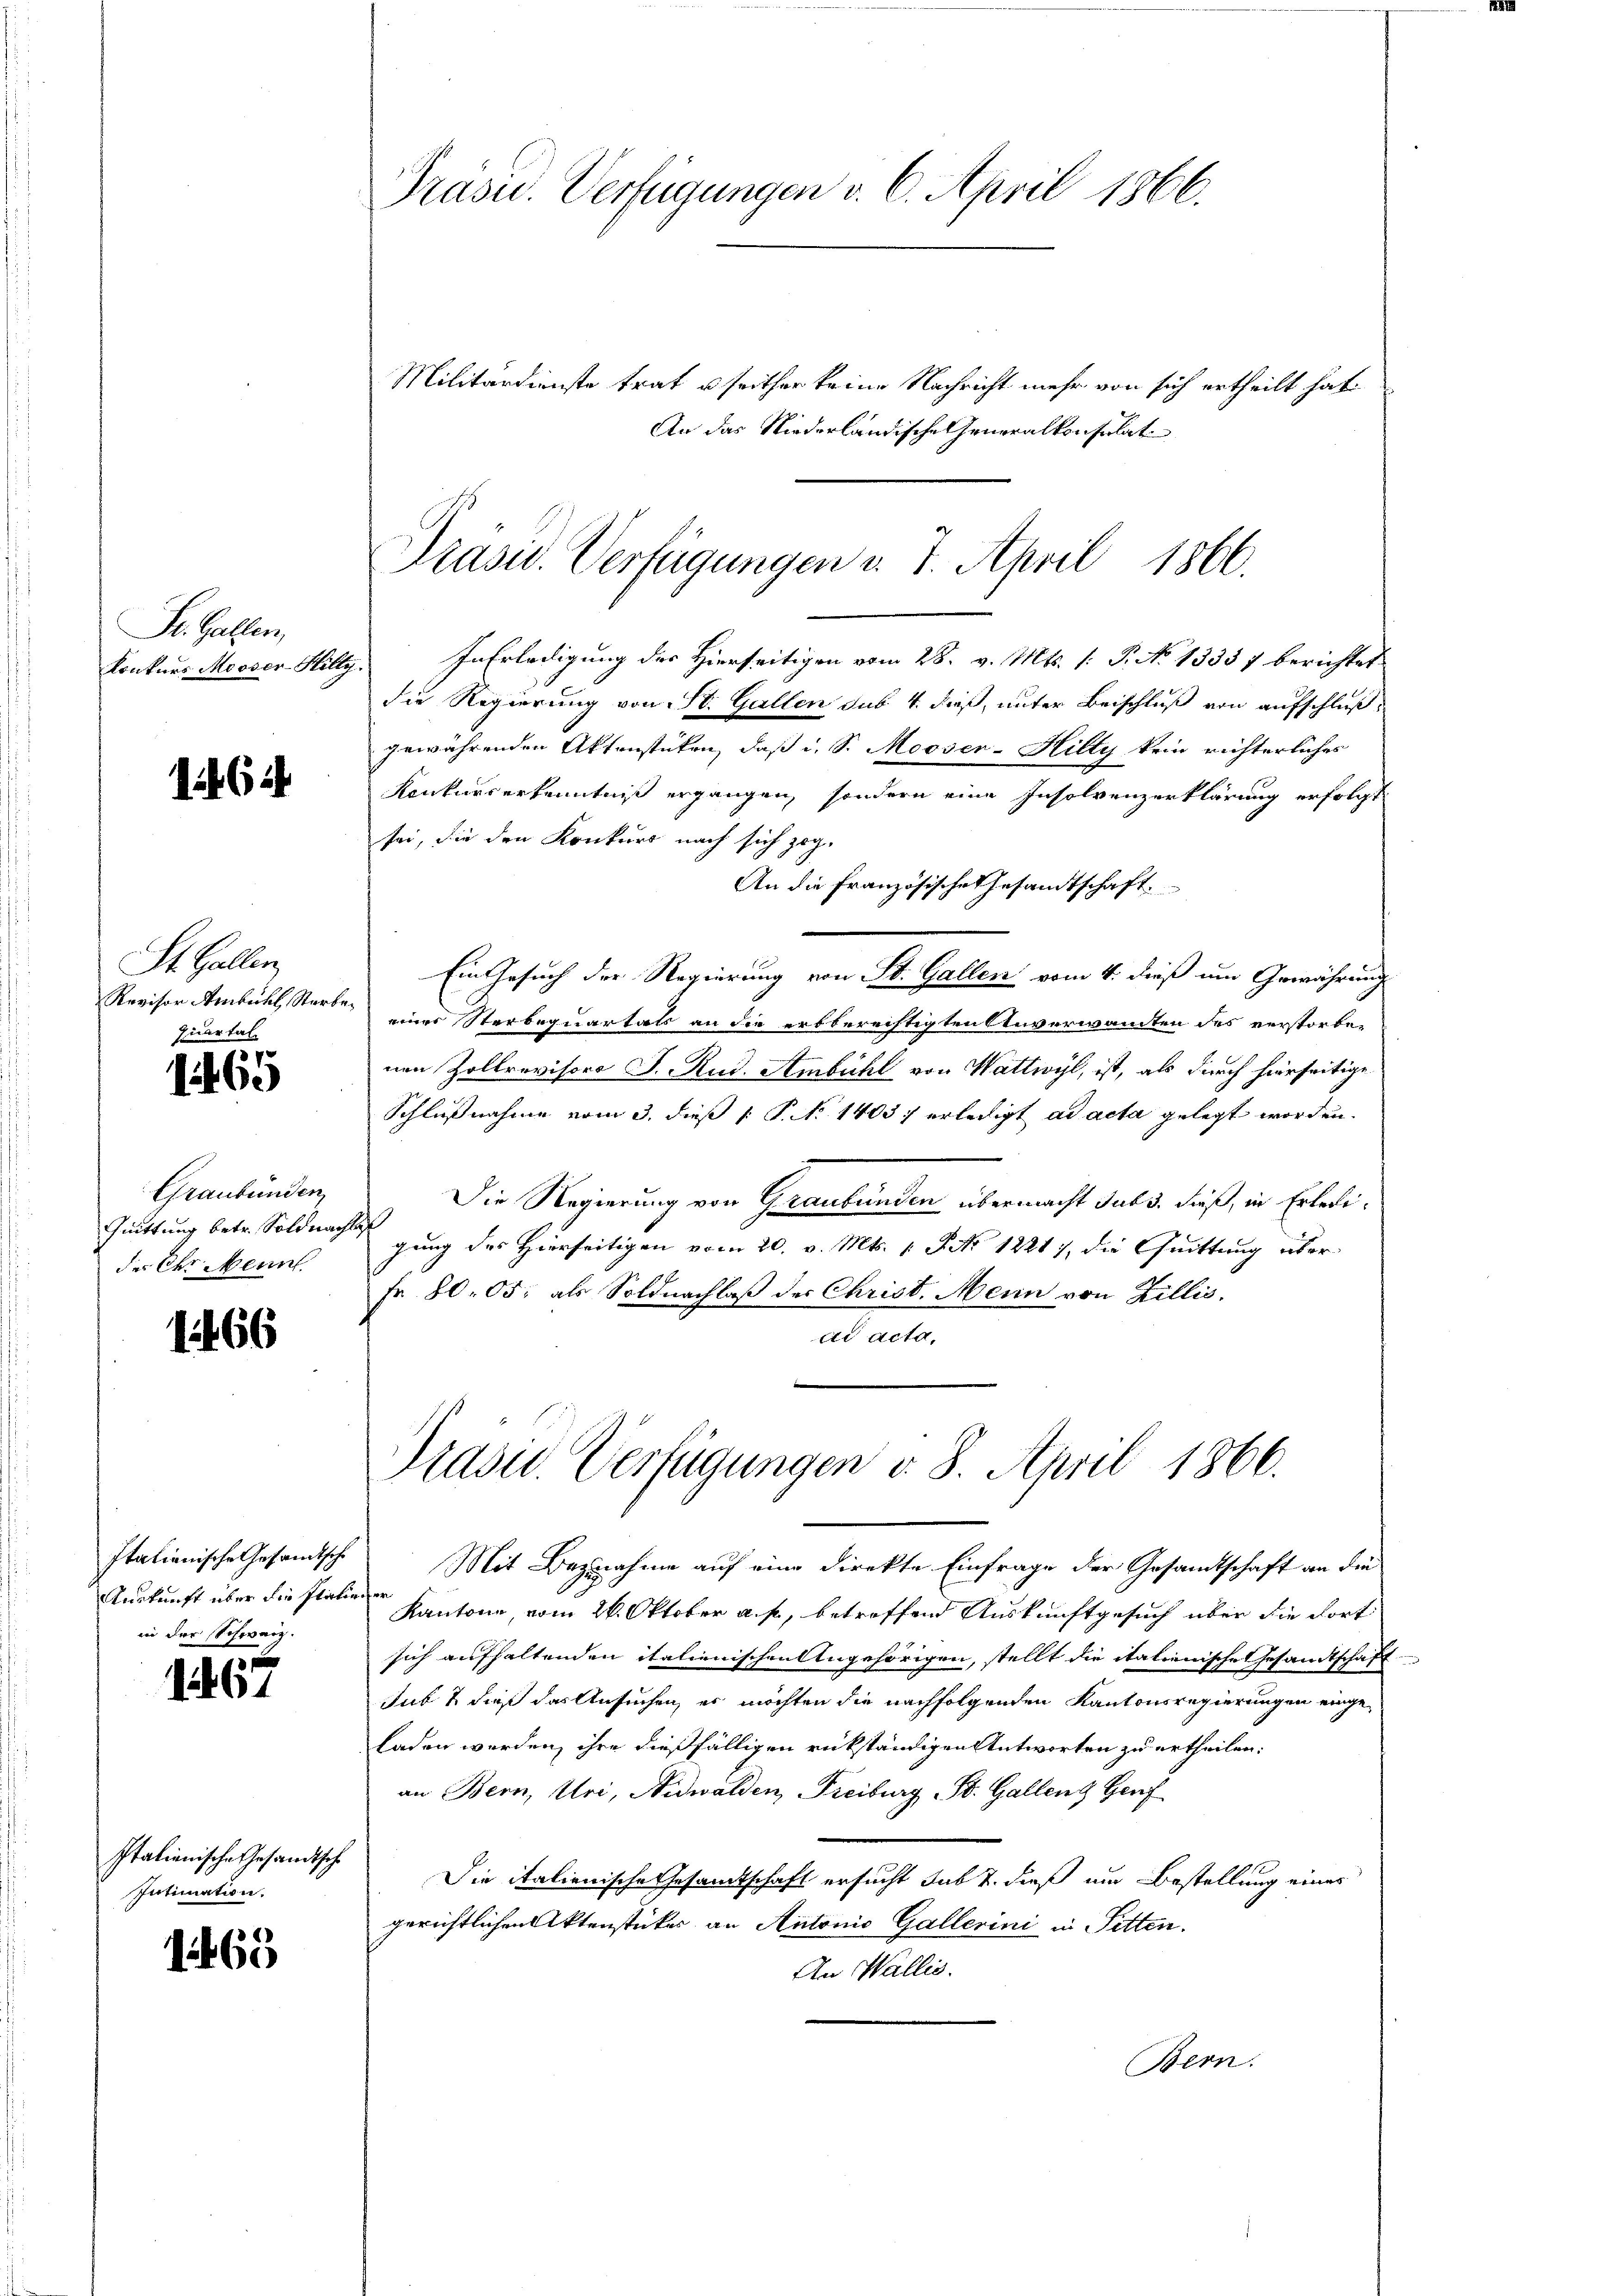
St. Gallen,

St. Gallen,
Revisor Ambühl, Starbe
quartal

1465

Graubünden
Quittung betr. Soldnac
des Ohr Mann

1466

Auskunft über die Platinner
in der Schweiz.

1867

Italienische Gesandtsche
Intimation.

1465

Präsid. Verfügungen d. 6. April 1866.

Präsid. Verfügungen v. 7. April 1866.

Militärdienste trat u seither keine Nachricht mehr von sich ertheilt hat.
An das Niederländische Generalkonsulati
Konkurs Mooser Hilly. In Erledigung des Hierseitigen vom 28. v. Mts. (: P. No 13357 berichtet
die Regierung von St. Gallen sub. 4. dieß, unter Beischluß von aufschlußgewährenden Aktenstüken, daß i. S. Mooser-Hilty kein richterliches
Konkurserkenntniß ergangen, sondern eine Insolvenzerklärung erfolgt
sei, die den Konkurs nach sich zog,
An die französische Gesandtschaft.
Ein Gesuch der Regierung von St. Gallen vom 4. dieß um Gewährung
einer Sterbequartals an die erbberechtigten Anverwandten des verstorben
nen Zollrevisors J. Rud. Ambühl von Wattwyl, ist, als durch hierseitige
Schlußnahme vom 3. dieß 1 P. No 14037 erledigt ad acta gelegt worden.
Die Regierung von Graubünden übermacht sub 3. dieß, in Erledih
gung des Hierseitigen vom 20. v. Mts. 1 P No. 1221), die Quittung über¬
Fr. 80. 05; als Soldnachlaß des Christ. Mein von Zillis.
ad acta,

Prasid. Verfügungen v. 8. April 1866.

Italianische Gesamtsche Mit Begnahme auf eine Direkte Einfrage der Gesandtschaft an die
Kantone, vom 26. Oktober a. p., betroffend Auskunftgesuch über die Fortsich aufhaltenden italienischen Angehörigen, stellt die italienische Gesandtschaft
Jub & dieß das Ansuchen, es möchten die nachfolgenden Kantonsregierungen einge-
laden werden, ihre dießfälligen rückständigen Antworten zu ertheilen.
an Bern, Uri, Nidwalden, Freiburg B. Gallenz Genf
Die italienische Gesamtschaft ersucht sub 2. dieß um Bestellung eines
gerichtlichen Aktenstücker an Antonio Gallerini in Pitten.
An Wallis.
Bern.